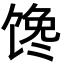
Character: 馋